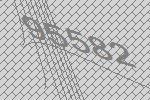
95582